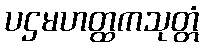
ပဌမဟတ္ထကသုတ္တံ